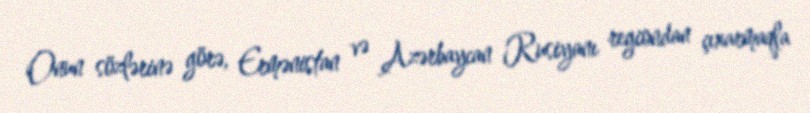
Onun sözlərinə görə, Ermənistan və Azərbaycan Rusiyanı regiondan çıxarmaqla